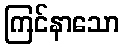
ကြင်နာသော